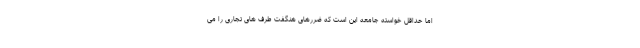
اما حداقل خواسته جامعه این است که ضررهای هنگفت طرف های تجاری را می